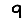
Digit: 9